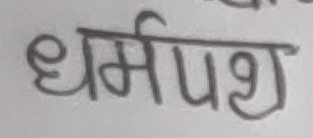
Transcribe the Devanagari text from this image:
धर्मपशु